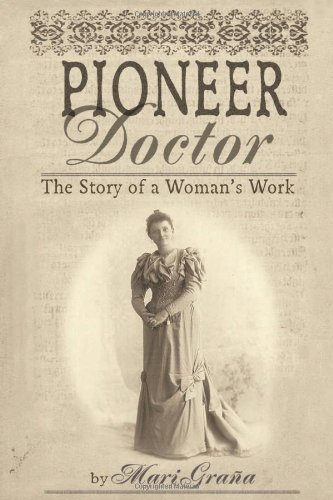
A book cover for Pioneer Doctor: The Story Of A Woman's Work; Mari Grana; Humor & Entertainment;